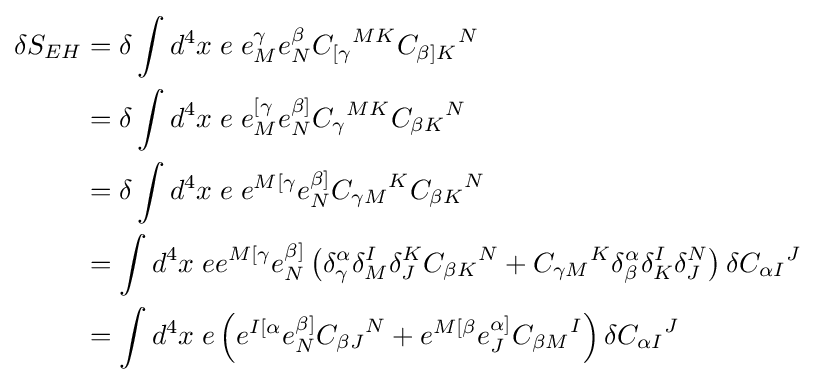
{\begin{aligned}\delta S_{EH}&=\delta \int d^{4}x\;e\;e_{M}^{\gamma }e_{N}^{\beta }{C_{[\gamma }}^{MK}{C_{\beta ]K}}^{N}\\&=\delta \int d^{4}x\;e\;e_{M}^{[\gamma }e_{N}^{\beta ]}{C_{\gamma }}^{MK}{C_{\beta K}}^{N}\\&=\delta \int d^{4}x\;e\;e^{M[\gamma }e_{N}^{\beta ]}{C_{\gamma M}}^{K}{C_{\beta K}}^{N}\\&=\int d^{4}x\;ee^{M[\gamma }e_{N}^{\beta ]}\left(\delta _{\gamma }^{\alpha }\delta _{M}^{I}\delta _{J}^{K}{C_{\beta K}}^{N}+{C_{\gamma M}}^{K}\delta _{\beta }^{\alpha }\delta _{K}^{I}\delta _{J}^{N}\right)\delta {C_{\alpha I}}^{J}\\&=\int d^{4}x\;e\left(e^{I[\alpha }e_{N}^{\beta ]}{C_{\beta J}}^{N}+e^{M[\beta }e_{J}^{\alpha ]}{C_{\beta M}}^{I}\right)\delta {C_{\alpha I}}^{J}\end{aligned}}